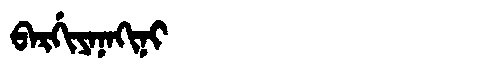
Manchu: ᠪᠠᡵᡤᡳᠶᠠᠨᠠᡴᡳᠨᡳ
Romanization: BARGIYANAKINI